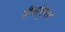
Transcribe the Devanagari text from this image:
बीजांकुरण